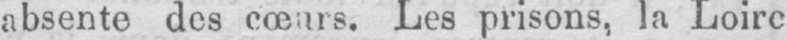
absente des cœurs. Les prisons, la Loire